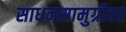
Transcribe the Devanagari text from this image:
साधनसामुग्रीवर